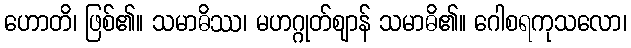
ဟောတိ၊ ဖြစ်၏။ သမာဓိဿ၊ မဟဂ္ဂုတ်ဈာန် သမာဓိ၏။ ဂေါစရကုသလော၊